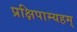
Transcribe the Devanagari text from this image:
प्रक्षिपाम्यहम्